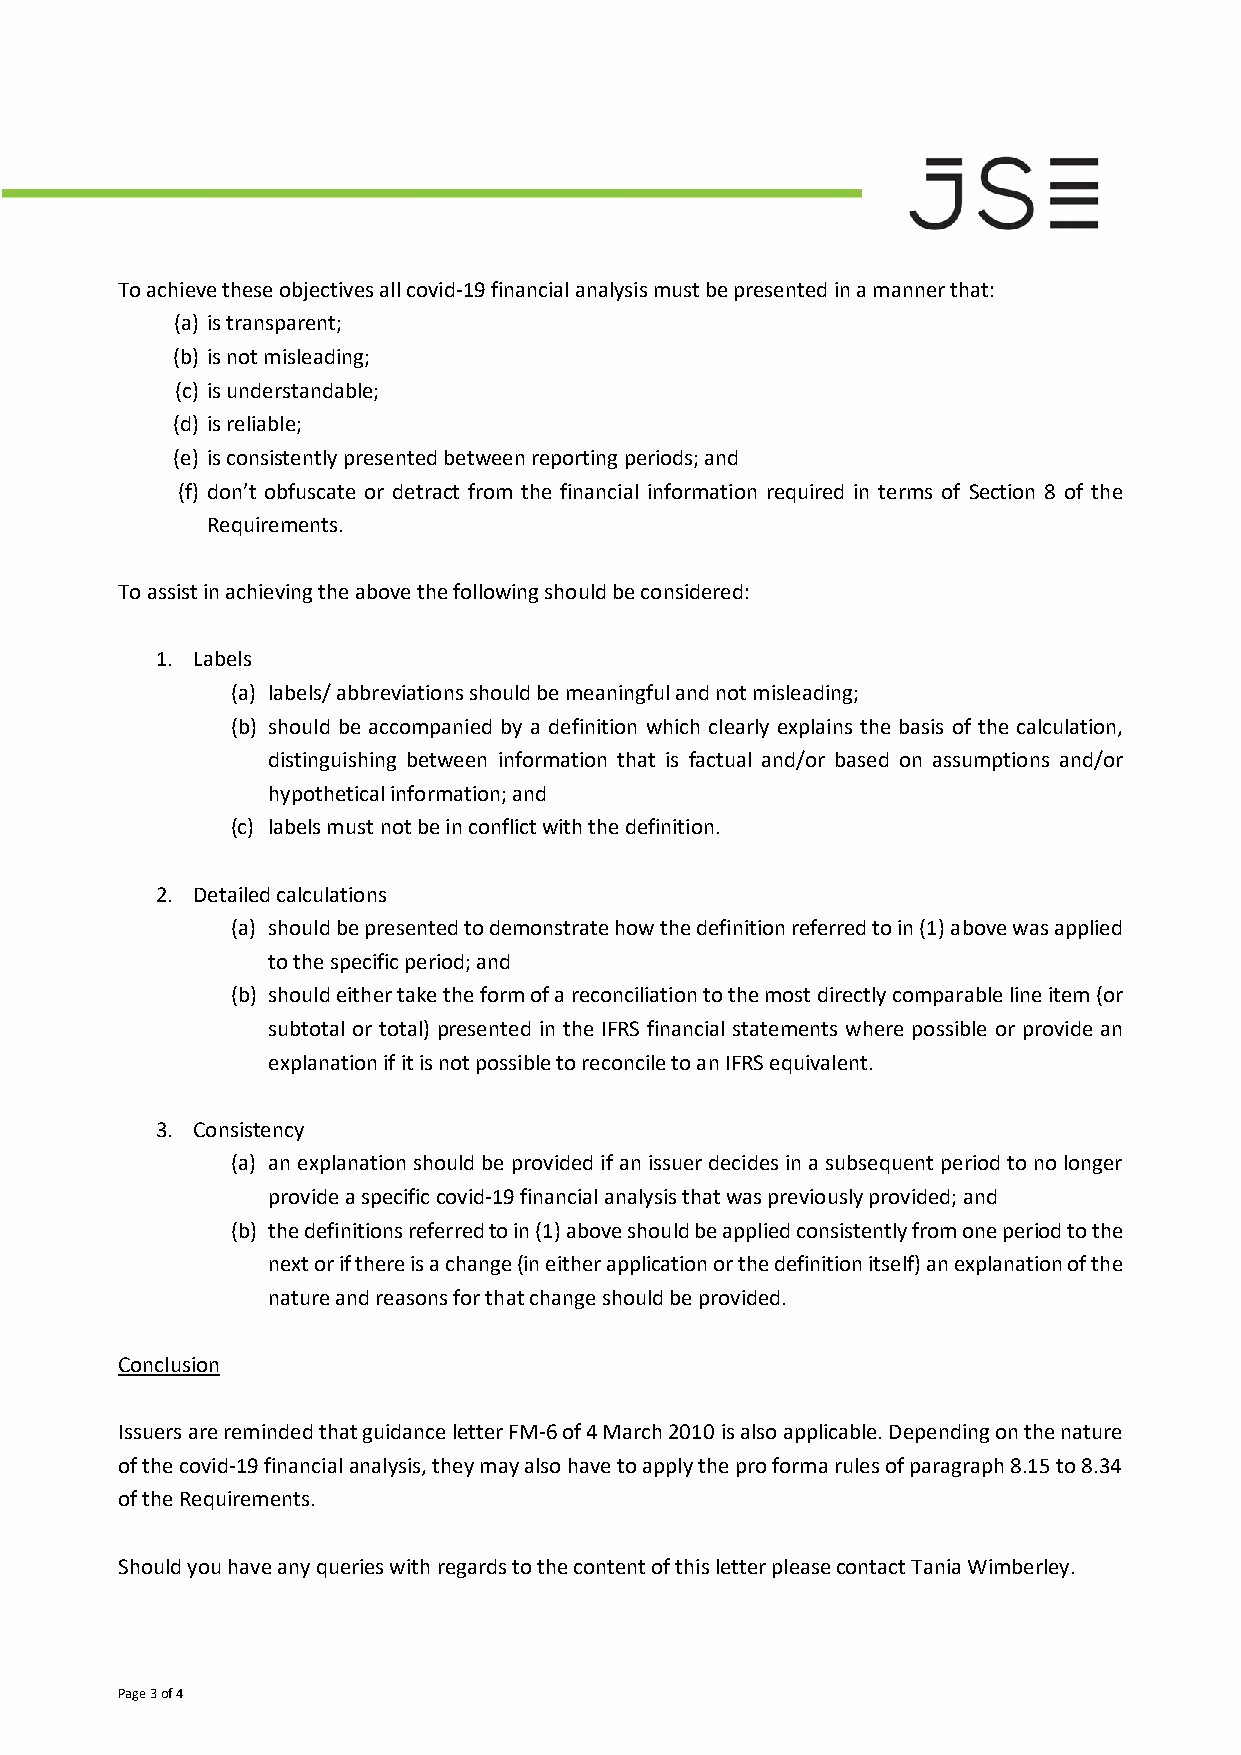
To achieve these objectives all covid-19 financial analysis must be presented in a manner that:
 (a) is transparent;
 (b) is not misleading;
 (c) is understandable;
 (d) is reliable;
 (e) is consistently presented between reporting periods; and
 (f) don’t obfuscate or detract from the financial information required in terms of Section 8 of the
 Requirements.
 To assist in achieving the above the following should be considered:
 1. Labels
 (a) labels/ abbreviations should be meaningful and not misleading;
 (b) should be accompanied by a definition which clearly explains the basis of the calculation,
 distinguishing between information that is factual and/or based on assumptions and/or
 hypothetical information; and
 (c) labels must not be in conflict with the definition.
 2. Detailed calculations
 (a) should be presented to demonstrate how the definition referred to in (1) above was applied
 to the specific period; and
 (b) should either take the form of a reconciliation to the most directly comparable line item (or
 subtotal or total) presented in the IFRS financial statements where possible or provide an
 explanation if it is not possible to reconcile to an IFRS equivalent.
 3. Consistency
 (a) an explanation should be provided if an issuer decides in a subsequent period to no longer
 provide a specific covid-19 financial analysis that was previously provided; and
 (b) the definitions referred to in (1) above should be applied consistently from one period to the
 next or if there is a change (in either application or the definition itself) an explanation of the
 nature and reasons for that change should be provided.
 Conclusion
 Issuers are reminded that guidance letter FM-6 of 4 March 2010 is also applicable. Depending on the nature
 of the covid-19 financial analysis, they may also have to apply the pro forma rules of paragraph 8.15 to 8.34
 of the Requirements.
 Should you have any queries with regards to the content of this letter please contact Tania Wimberley.
 Page 3 of 4